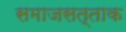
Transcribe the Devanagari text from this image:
समाजसत्ताक